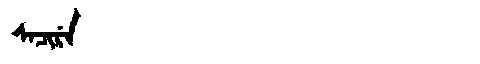
Manchu: ᠰᠠᠴᡳᡵᡝ
Romanization: SACIRE